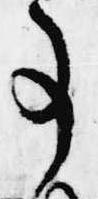
事